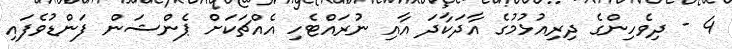
4 - ދިވެހިންގެ ދިރިއުޅުމުގެ އާދަކާދަ އާއި ނުރައްޓެހި އެއްޗަކަށް ޕެންޝަން ފަންޑުވެފައި